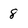
Character: 8